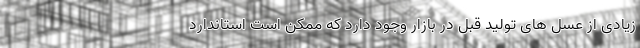
زیادی از عسل های تولید قبل در بازار وجود دارد که ممکن است استاندارد